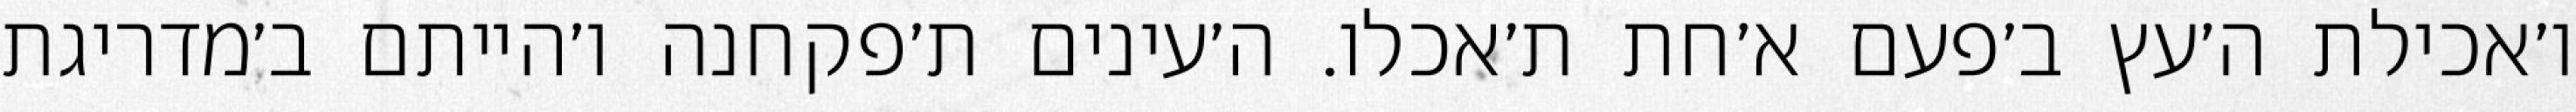
ו׳אכילת ה׳עץ ב׳פעם א׳חת ת׳אכלו. ה׳עינים ת׳פקחנה ו׳הייתם ב׳מדריגת